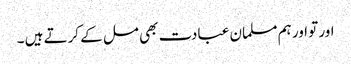
اور تو اور ہم مسلمان عبادت بھی مل کے کرتے ہیں ۔